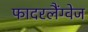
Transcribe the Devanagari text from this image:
फादरलैंग्वेज